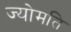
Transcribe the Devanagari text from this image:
ज्योमति